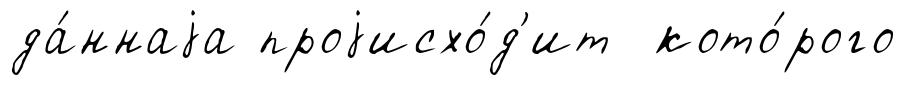
да́ннаjа проjисхо́д'ит кото́рого